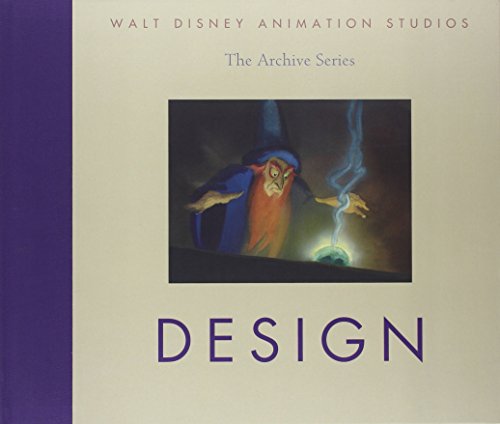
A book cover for Walt Disney Animation Studios The Archive Series; Walt Disney Animation Research Library; Arts & Photography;